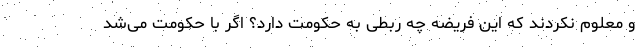
و معلوم نکردند که این فریضه چه ربطی به حکومت دارد؟ اگر با حکومت می‌شد